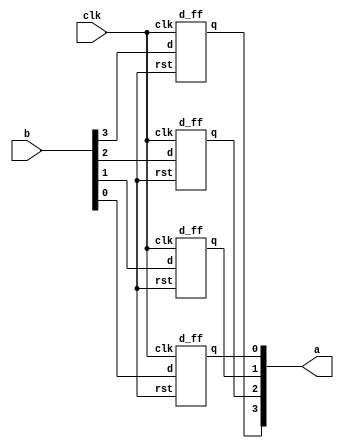

`timescale 1ns / 1ps
module pipo_design(input clk,input [3:0]b,output[3:0]a);

d_ff d1(.clk(clk),.d(b[3]),.q(a[3]),.rst());
d_ff d2(.clk(clk),.d(b[2]),.q(a[2]),.rst());
d_ff d3(.clk(clk),.d(b[1]),.q(a[1]),.rst());
d_ff d4(.clk(clk),.d(b[0]),.q(a[0]),.rst());

endmodule


// d flip flop

module d_ff (
  input clk,    // clock input
  input d,      // data input
  input rst,    // asynchronous reset input
  output reg q  // output
);

  always @(posedge clk ) begin
    if (rst) // asynchronous reset
      q <= 1'b0;
    else // normal operation
      q <= d;
  end

endmodule